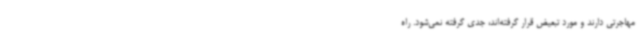
مهاجرتی دارند و مورد تبعیض قرار گرفته‌اند، جدی گرفته نمی‌شود. راه